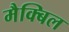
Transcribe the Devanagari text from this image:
मैक्बिल